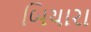
બિચારા